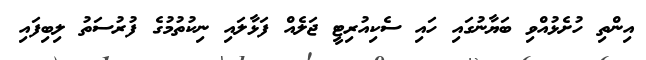
އިންތި ހުށެޅުއްވި ބަޔާނުގައި ހައި ސެކިއުރިޓީ ޖަލެއް ފަޅާލައި ނިކުތުމުގެ ފުރުސަތު ލިބިފައި